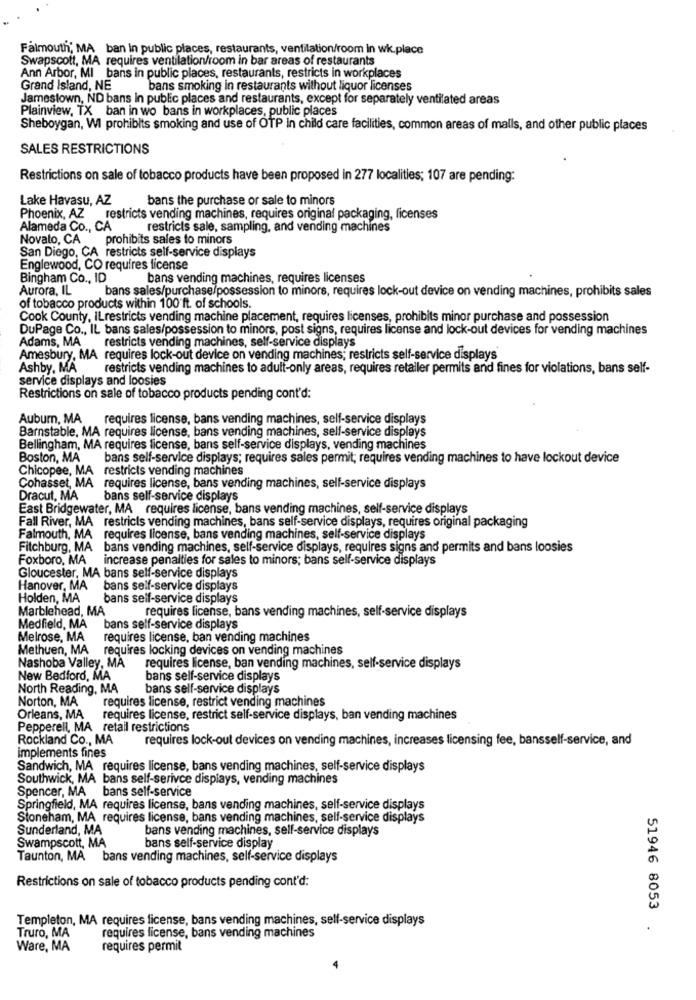
Falmouth; MA ban in public places, restaurants, ventilation/room in wk.place
Swapscott, MA requires ventilation/room in bar areas of restaurants
Ann Arbor, MI bans in public places, restaurants, restricts in workplaces
Grand Island, NE
bans smoking in restaurants without liquor licenses
Jamestown, ND bans in public places and restaurants, except for separately ventilated areas
Plainview, TX ban in wo bans in workplaces, public places
Sheboygan, WI prohibits smoking and use of OTP in child care facilities, common areas of malls, and other public places
SALES RESTRICTIONS
Restrictions on sale of tobacco products have been proposed in 277 localities; 107 are pending:
Lake Havasu, AZ
bans the purchase or sale to minors
Phoenix, AZ restricts vending machines, requires original packaging, licenses
Alameda Co ., CA
restricts sale, sampling, and vending machines
Novato, CA prohibits sales to minors
San Diego, CA restricts self-service displays
Englewood, CO requires license
Bingham Co ., ID
bans vending machines, requires licenses
Aurora, IL
bans sales/purchase/possession to minors, requires lock-out device on vending machines, prohibits sales
of tobacco products within 100 ft. of schools.
Cook County, ILrestricts vending machine placement, requires licenses, prohibits minor purchase and possession
DuPage Co ., IL bans sales/possession to minors, post signs, requires license and lock-out devices for vending machines
Adams, MA
restricts vending machines, self-service displays
Amesbury, MA requires lock-out device on vending machines; restricts self-service displays
Ashby, MA
restricts vending machines to adult-only areas, requires retailer permits and fines for violations, bans self-
service displays and loosies
Restrictions on sale of tobacco products pending cont'd:
Auburn, MA
requires license, bans vending machines, self-service displays
Barnstable, MA requires license, bans vending machines, self-service displays
Bellingham, MA requires license, bans self-service displays, vending machines
Boston, MA
bans self-service displays; requires sales permit; requires vending machines to have lockout device
Chicopee, MA restricts vending machines
Cohasset, MA requires license, bans vending machines, self-service displays
Dracut, MA
bans self-service displays
East Bridgewater, MA requires license, bans vending machines, self-service displays
Fall River, MA restricts vending machines, bans self-service displays, requires original packaging
Falmouth, MA requires license, bans vending machines, self-service displays
Fitchburg, MA bans vending machines, self-service displays, requires signs and permits and bans loosies
Foxboro, MA
increase penalties for sales to minors; bans self-service displays
Gloucester, MA bans self-service displays
Hanover, MA
bans self-service displays
Holden, MA
bans self-service displays
Marblehead, MA
requires license, bans vending machines, self-service displays
Medfield, MA bans self-service displays
Melrose, MA
requires license, ban vending machines
Methuen, MA
requires locking devices on vending machines
Nashoba Valley, MA
requires license, ban vending machines, self-service displays
New Bedford, MA
bans self-service displays
North Reading, MA
bans self-service displays
Norton, MA
requires license, restrict vending machines
Orleans, MA
requires license, restrict self-service displays, ban vending machines
Pepperell, MA retail restrictions
Rockland Co ., MA
requires lock-out devices on vending machines, increases licensing fee, bansself-service, and
implements fines
Sandwich, MA requires license, bans vending machines, self-service displays
Southwick, MA bans self-serivce displays, vending machines
Spencer, MA bans self-service
Springfield, MA requires license, bans vending machines, self-service displays
Stoneham, MA requires license, bans vending machines, self-service displays
Sunderland, MA
bans vending machines, self-service displays
Swampscott, MA
bans self-service display
Taunton, MA bans vending machines, self-service displays
Restrictions on sale of tobacco products pending cont'd:
51946 8053
Templeton, MA requires license, bans vending machines, self-service displays
Truro, MA
requires license, bans vending machines
Ware, MA
requires permit